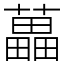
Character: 藟